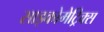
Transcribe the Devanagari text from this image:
साइकोमेट्रिक्स